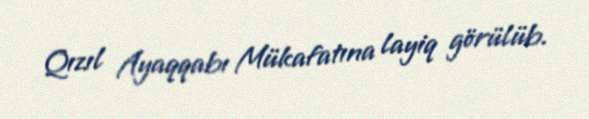
Qızıl Ayaqqabı Mükafatına layiq görülüb.